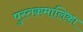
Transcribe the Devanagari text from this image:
पुस्तकमालिका